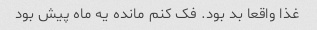
غذا واقعا بد بود. فک کنم مانده یه ماه پیش بود